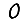
Digit: 0